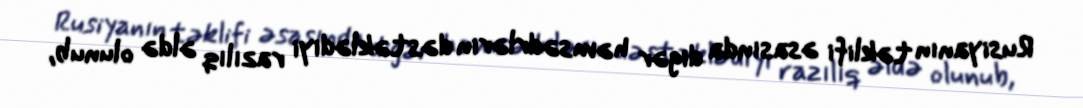
Rusiyanın təklifi əsasında digər həmsədrlərin dəstəklədiyi razılıq əldə olunub,